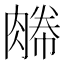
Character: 𦞊